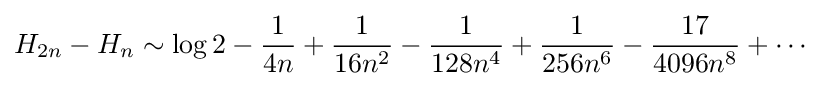
H_{2n}-H_{n}\sim \log 2-{\frac {1}{4n}}+{\frac {1}{16n^{2}}}-{\frac {1}{128n^{4}}}+{\frac {1}{256n^{6}}}-{\frac {17}{4096n^{8}}}+\cdots